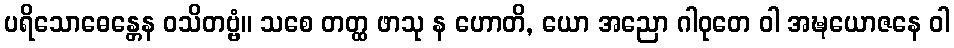
ပရိသောဓေန္တေန ဝသိတဗ္ဗံ။ သစေ တတ္ထ ဖာသု န ဟောတိ, ယော အညော ဂါဝုတေ ဝါ အဍ္ဎယောဇနေ ဝါ